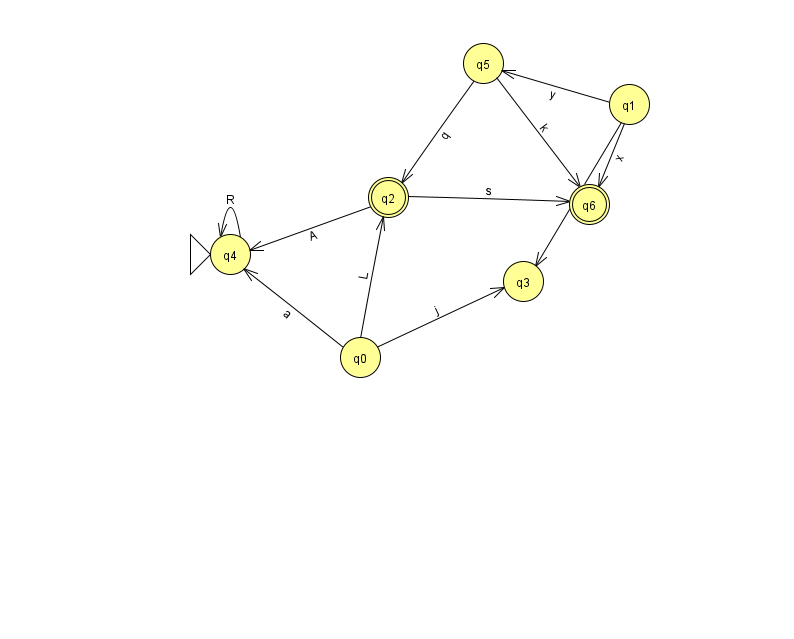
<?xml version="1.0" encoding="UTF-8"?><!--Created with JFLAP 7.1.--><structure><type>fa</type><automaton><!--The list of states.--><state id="0" name="q0"><x>360.0</x><y>344.0</y></state><state id="1" name="q1"><x>629.0</x><y>91.0</y></state><state id="2" name="q2"><x>388.0</x><y>184.0</y><final/></state><state id="3" name="q3"><x>523.0</x><y>268.0</y></state><state id="4" name="q4"><x>230.0</x><y>241.0</y><initial/></state><state id="5" name="q5"><x>483.0</x><y>50.0</y></state><state id="6" name="q6"><x>589.0</x><y>191.0</y><final/></state><!--The list of transitions.--><transition><from>1</from><to>3</to><read>e</read></transition><transition><from>2</from><to>4</to><read>A</read></transition><transition><from>5</from><to>2</to><read>q</read></transition><transition><from>4</from><to>4</to><read>R</read></transition><transition><from>0</from><to>4</to><read>a</read></transition><transition><from>2</from><to>6</to><read>s</read></transition><transition><from>0</from><to>2</to><read>L</read></transition><transition><from>1</from><to>6</to><read>x</read></transition><transition><from>1</from><to>5</to><read>y</read></transition><transition><from>5</from><to>6</to><read>k</read></transition><transition><from>0</from><to>3</to><read>j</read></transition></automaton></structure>